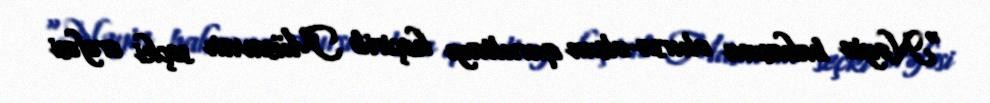
“Nəyin bahasına olursa-olsun qurultayı keçirib Müsavatı seçki ərəfəsi